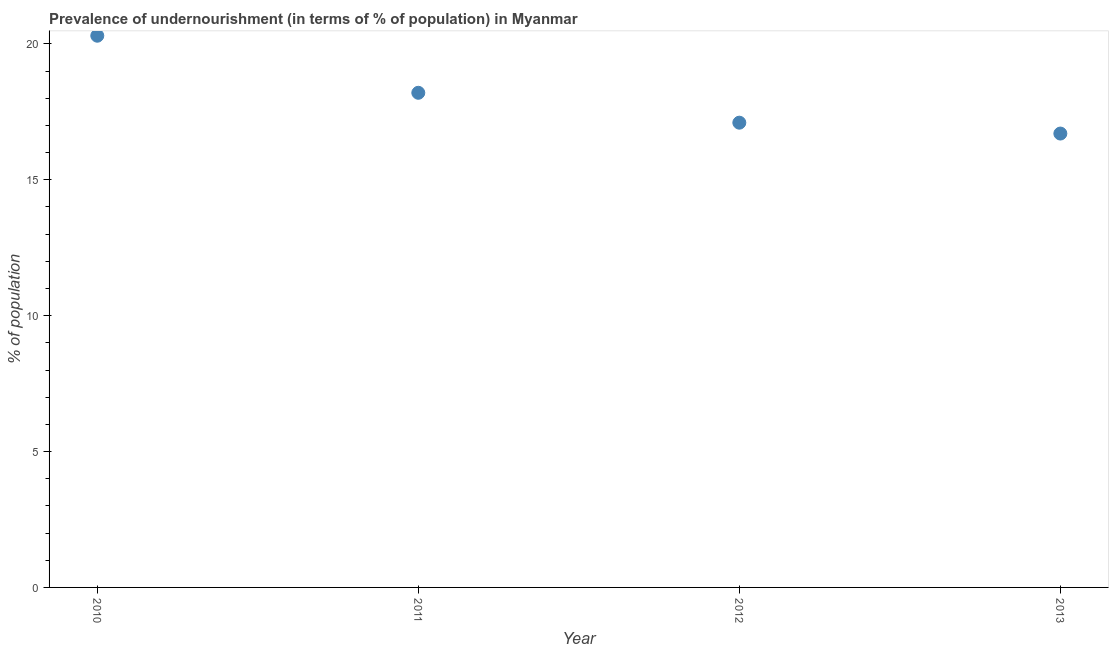
| Year | Prevalence of undernourishment |
 | --- | --- |
 | 2010 | 20.3 |
 | 2011 | 18.2 |
 | 2012 | 17.1 |
 | 2013 | 16.7 |